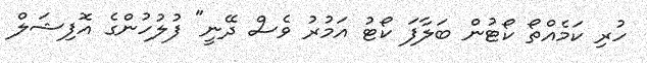
ހުރި ކަމެއްތޯ ކޯޓުން ބަލާފަ ކޯޓު އަމުރު ވެސް ދޭނީ" ފުލުހުންގެ އޮފިޝަލް